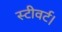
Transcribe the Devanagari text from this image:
स्टीवर्ट।